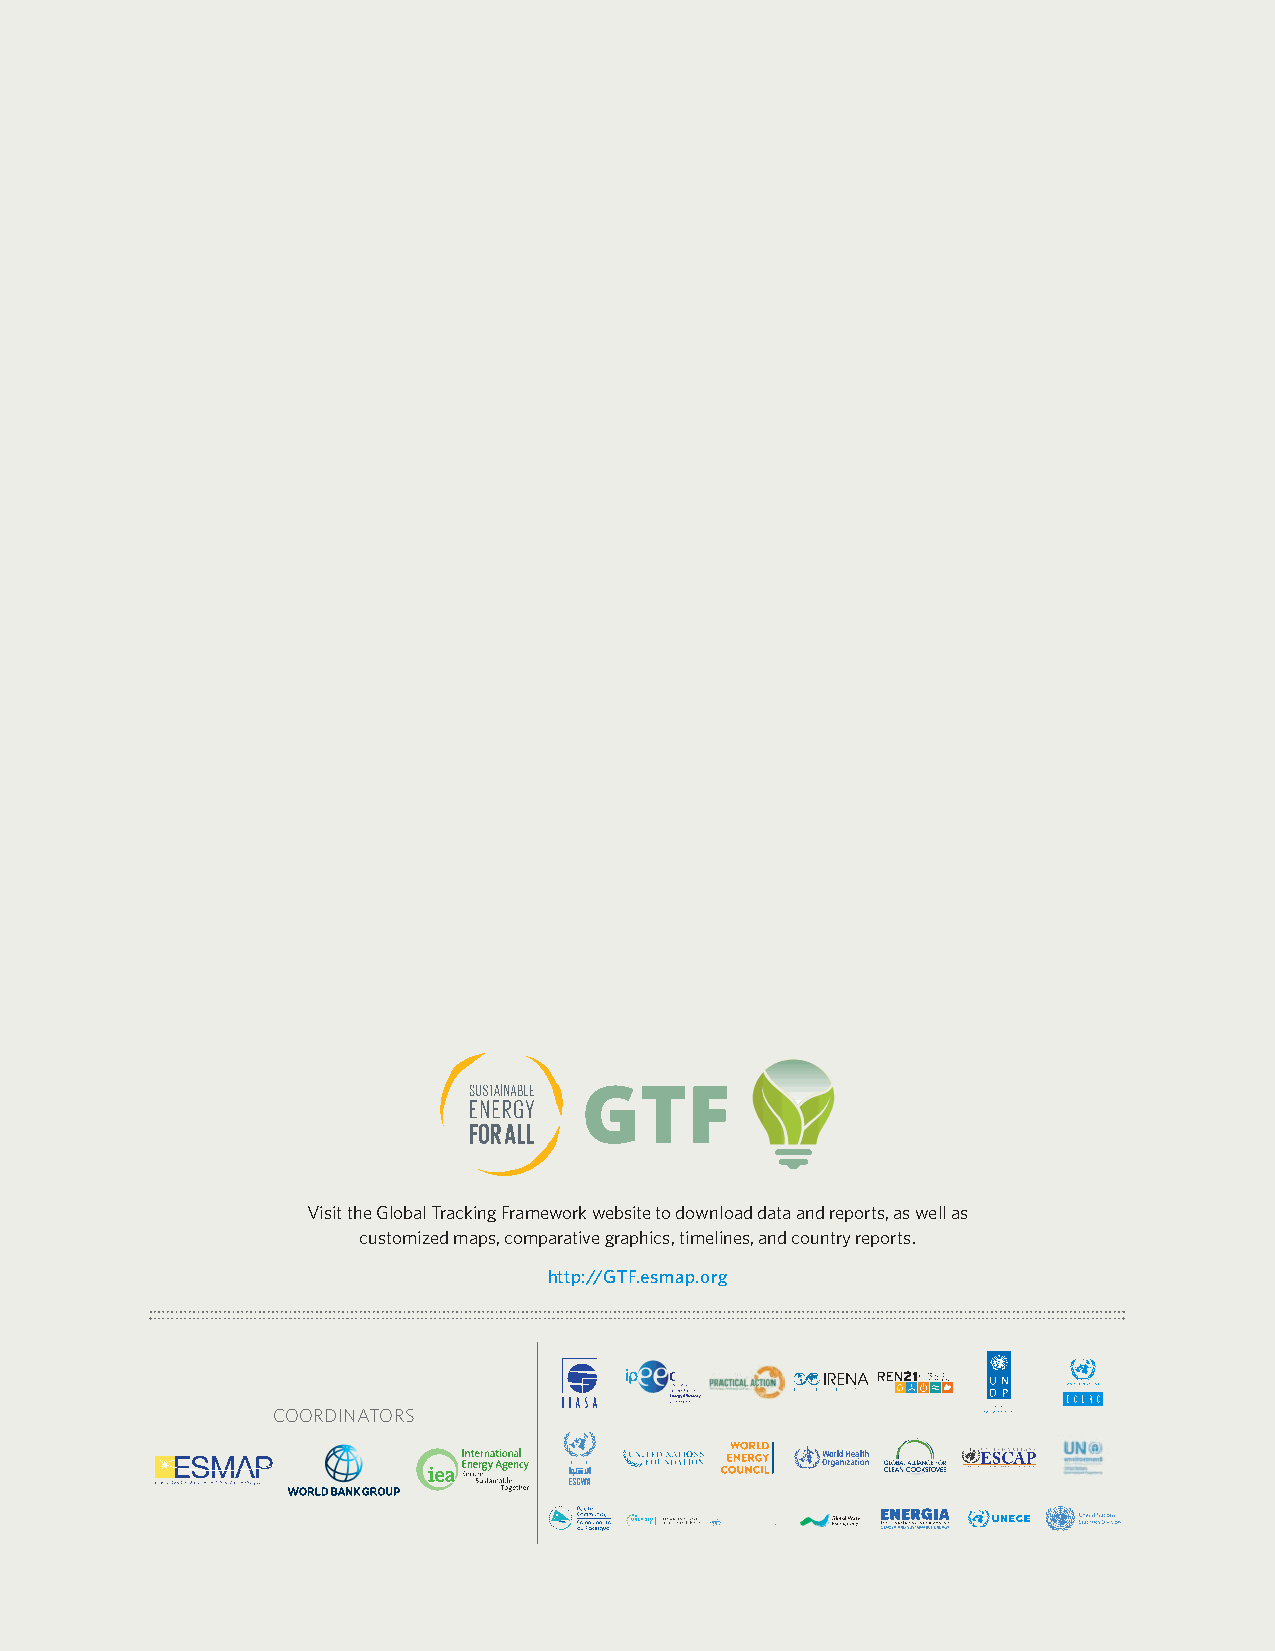
Visit the Global Tracking Framework website to download data and reports, as well as
 customized maps, comparative graphics, timelines, and country reports.
 http://GTF.esmap.org
 COORDINATORS
 SUSTAINABLE
 ENERGY
 FOR
 ALL
 GLOBAL
 TRACKING
 FRAMEWORK
 2017
 PROGRESS
 TOWARD
 SUSTAINABLE
 ENERGY